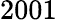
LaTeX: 2001